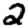
Digit: 2